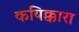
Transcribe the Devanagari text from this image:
कयिक्कारा